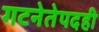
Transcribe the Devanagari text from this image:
गटनेतेपदही